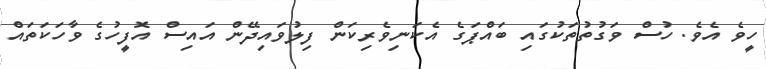
ހީވެ އެވެ. ހުސް ވަގުތުތަކުގައި ބައްޕަގެ އެކަނިވެރިކަން ފިލުވައިދޭން އައިސް އޮފީހުގެ ވާހަކަތައް